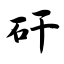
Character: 矸